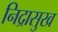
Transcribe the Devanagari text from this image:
निद्रासुख